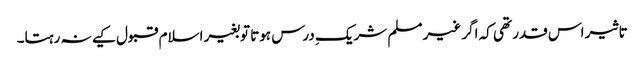
تاثیر اس قدر تھی کہ اگر غیر مسلم شریکِ درس ہوتا توبغیر اسلام قبول کیے نہ رہتا۔